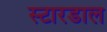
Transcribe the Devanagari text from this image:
स्टारडाल